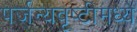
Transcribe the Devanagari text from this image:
पर्जन्यवृष्टीमध्ये